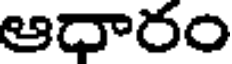
ఆధారం